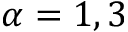
\alpha = 1 , 3